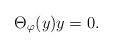
LaTeX: \begin{align*}\Theta_\varphi(y) y=0.\end{align*}